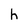
Character: h